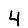
Digit: 4